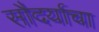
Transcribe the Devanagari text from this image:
सौदर्याचा